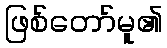
ဖြစ်တော်မူ၏